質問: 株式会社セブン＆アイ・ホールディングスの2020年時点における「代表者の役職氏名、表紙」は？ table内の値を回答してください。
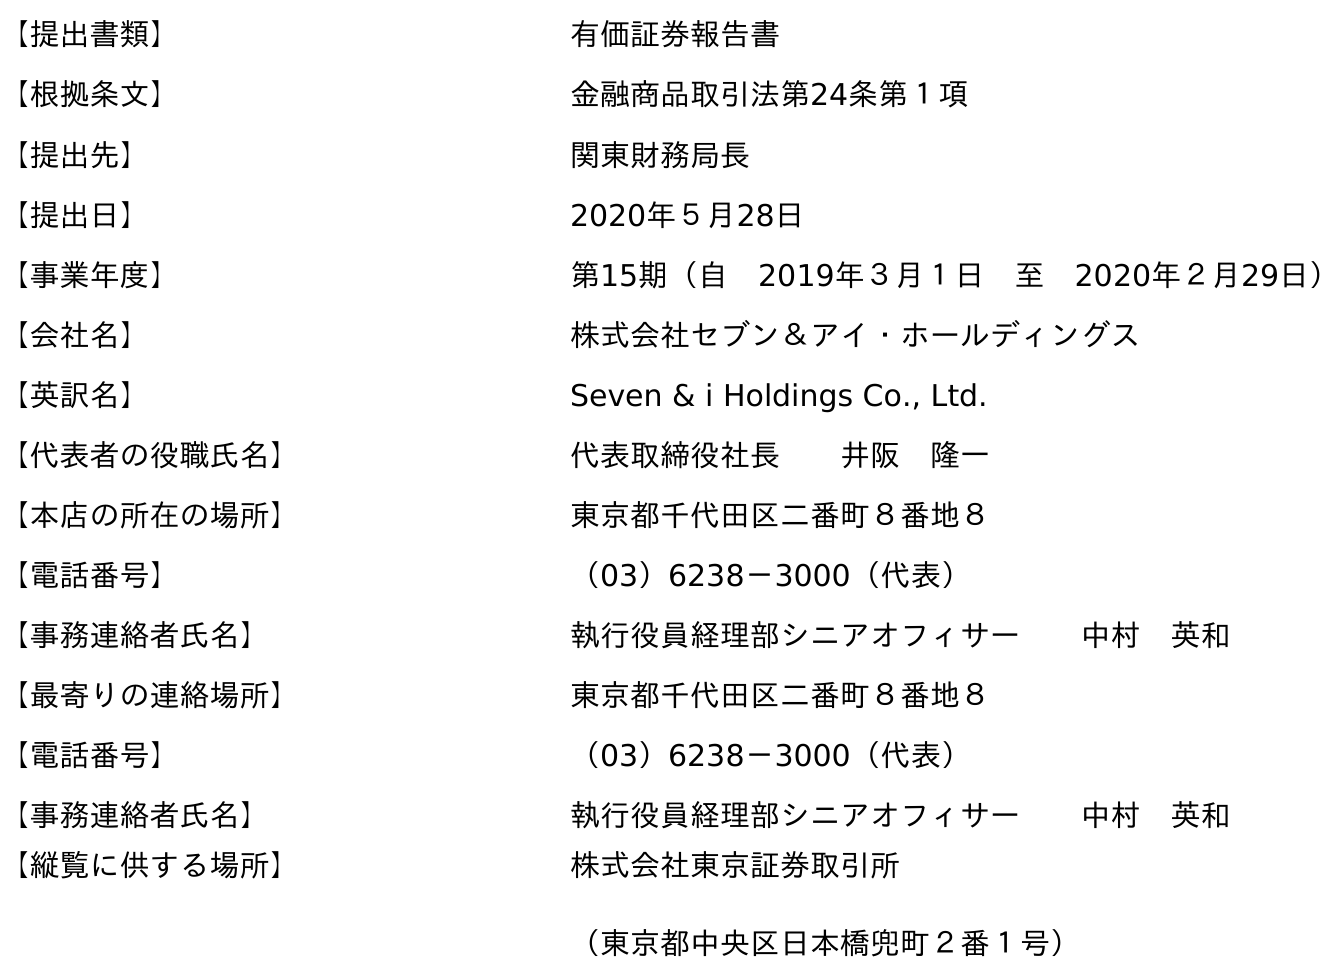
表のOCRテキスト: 【提出書類】 有価証券報告書 【根拠条文】 金融商品取引法第24条第１項 【提出先】 関東財務局長 【提出日】 2020年５月28日 【事業年度】 第15期（自 2019年３月１日 至 2020年２月29日） 【会社名】 株式会社セブン＆アイ・ホールディングス 【英訳名】 Seven & i Holdings Co., Ltd. 【代表者の役職氏名】 代表取締役社長  井阪 隆一 【本店の所在の場所】 東京都千代田区二番町８番地８ 【電話番号】 （03）6238－3000（代表） 【事務連絡者氏名】 執行役員経理部シニアオフィサー  中村 英和 【最寄りの連絡場所】 東京都千代田区二番町８番地８ 【電話番号】 （03）6238－3000（代表） 【事務連絡者氏名】 執行役員経理部シニアオフィサー  中村 英和 【縦覧に供する場所】 株式会社東京証券取引所 （東京都中央区日本橋兜町２番１号）
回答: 代表取締役社長井阪　隆一